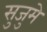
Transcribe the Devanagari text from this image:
सुजुमे